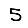
Digit: 5